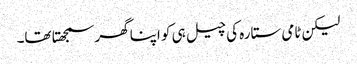
لیکن ٹامی ستارہ کی چیل ہی کو اپنا گھر سمجھتا تھا۔